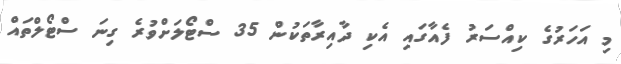
މި އަހަރުގެ ކިއްސަރު ފެއާގައި އެކި ދާއިރާތަކުން 35 ސްޓޯލަށްވުރެ ގިނަ ސްޓޯލްތައް